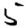
Digit: 5